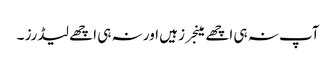
آپ نہ ہی اچھے مینجرز ہیں اور نہ ہی اچھے لیڈرز ۔